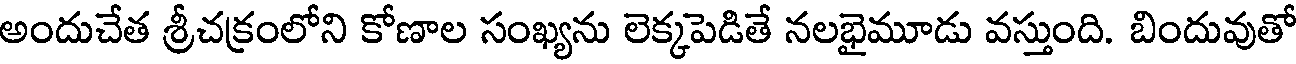
అందుచేత శ్రీచక్రంలోని కోణాల సంఖ్యను లెక్కపెడితే నలభైమూడు వస్తుంది. బిందువుతో